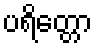
ပရိတ္တော